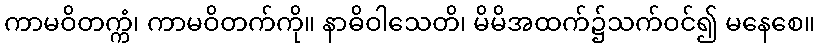
ကာမဝိတက္ကံ၊ ကာမဝိတက်ကို။ နာဓိဝါသေတိ၊ မိမိအထက်၌သက်ဝင်၍ မနေစေ။